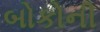
બોકોની